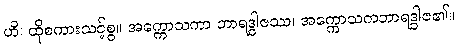
ဟိ၊ ထိုစကားသင့်စွ။ အက္ကောသကာ ဘာရဒွါဇဿ၊ အက္ကောသကဘာရဒွါဇ၏။